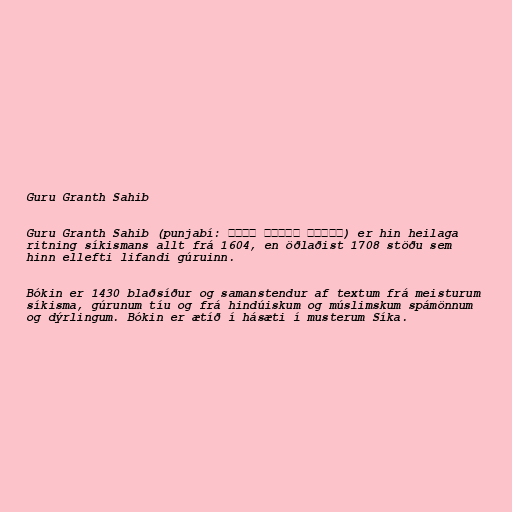
Guru Granth Sahib

Guru Granth Sahib (punjabí: ਗੁਰੂ ਗ੍ਰੰਥ ਸਾਹਿਬ) er hin heilaga
ritning síkismans allt frá 1604, en öðlaðist 1708 stöðu sem
hinn ellefti lifandi gúruinn.

Bókin er 1430 blaðsíður og samanstendur af textum frá meisturum
síkisma, gúrunum tíu og frá hindúiskum og múslimskum spámönnum
og dýrlingum. Bókin er ætíð í hásæti í musterum Síka.